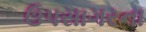
ઉપસાગરના